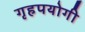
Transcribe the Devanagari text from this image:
गृहपयोगी